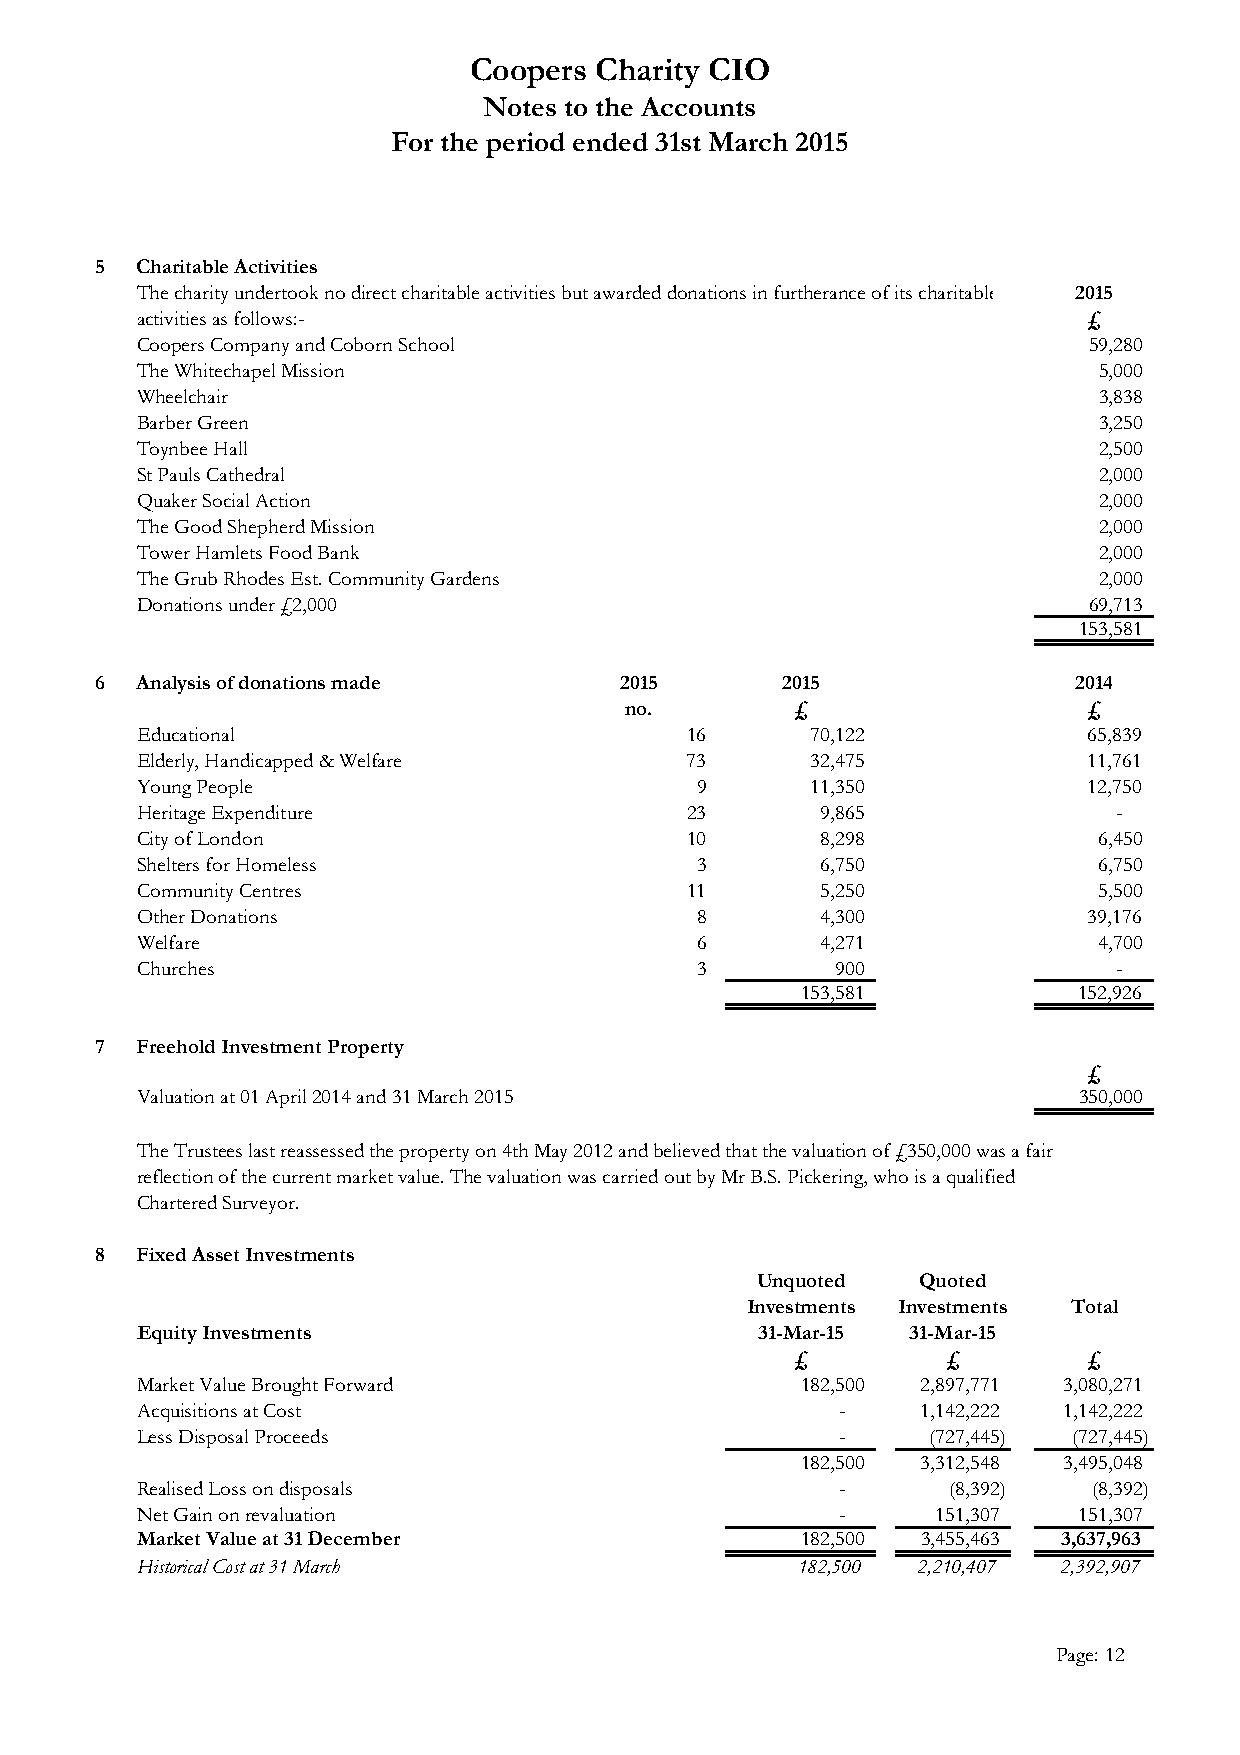
Coopers Charity CIO
 Notes to the Accounts
 For the period ended 31st March 2015
 5  Charitable Activities
 The charity undertook no direct charitable activities but awarded donations in furtherance of its charitable 2015
 activities as follows:-                                        £
 Coopers Company and Coborn School                              59,280
 The Whitechapel Mission                                         5,000
 Wheelchair                                                      3,838
 Barber Green                                                    3,250
 Toynbee Hall                                                    2,500
 St Pauls Cathedral                                              2,000
 Quaker Social Action                                            2,000
 The Good Shepherd Mission                                       2,000
 Tower Hamlets Food Bank                                         2,000
 The Grub Rhodes Est. Community Gardens                          2,000
 Donations under £2,000                                         69,713
 153,581
 6  Analysis of donations made      2015       2015               2014
 no.         £                  £
 Educational                         16       70,122            65,839
 Elderly, Handicapped & Welfare      73       32,475            11,761
 Young People                         9       11,350            12,750
 Heritage Expenditure                23       9,865               -
 City of London                      10       8,298              6,450
 Shelters for Homeless                3       6,750              6,750
 Community Centres                   11       5,250              5,500
 Other Donations                      8       4,300             39,176
 Welfare                              6       4,271              4,700
 Churches                             3        900                -
 153,581           152,926
 7  Freehold Investment Property
 £
 Valuation at 01 April 2014 and 31 March 2015                  350,000
 The Trustees last reassessed the property on 4th May 2012 and believed that the valuation of £350,000 was a fair
 reflection of the current market value. The valuation was carried out by Mr B.S. Pickering, who is a qualified
 Chartered Surveyor.
 8  Fixed Asset Investments
 Unquoted   Quoted
 Investments Investments Total
 Equity Investments                       31-Mar-15 31-Mar-15
 £         £        £
 Market Value Brought Forward                182,500 2,897,771 3,080,271
 Acquisitions at Cost                           -    1,142,222 1,142,222
 Less Disposal Proceeds                         -     (727,445) (727,445)
 182,500 3,312,548 3,495,048
 Realised Loss on disposals                     -      (8,392)  ( 8,392)
 Net Gain on revaluation                        -     151,307  151,307
 Market Value at 31 December                 1 82,500 3,455,463 3,637,963
 Historical Cost at 31 March                 182,500 2,210,407 2,392,907
 Page: 12